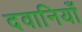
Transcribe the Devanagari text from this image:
दवानियाँ